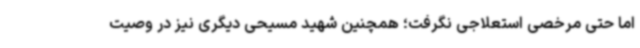
اما حتی مرخصی استعلاجی نگرفت؛ همچنین شهید مسیحی دیگری نیز در وصیت